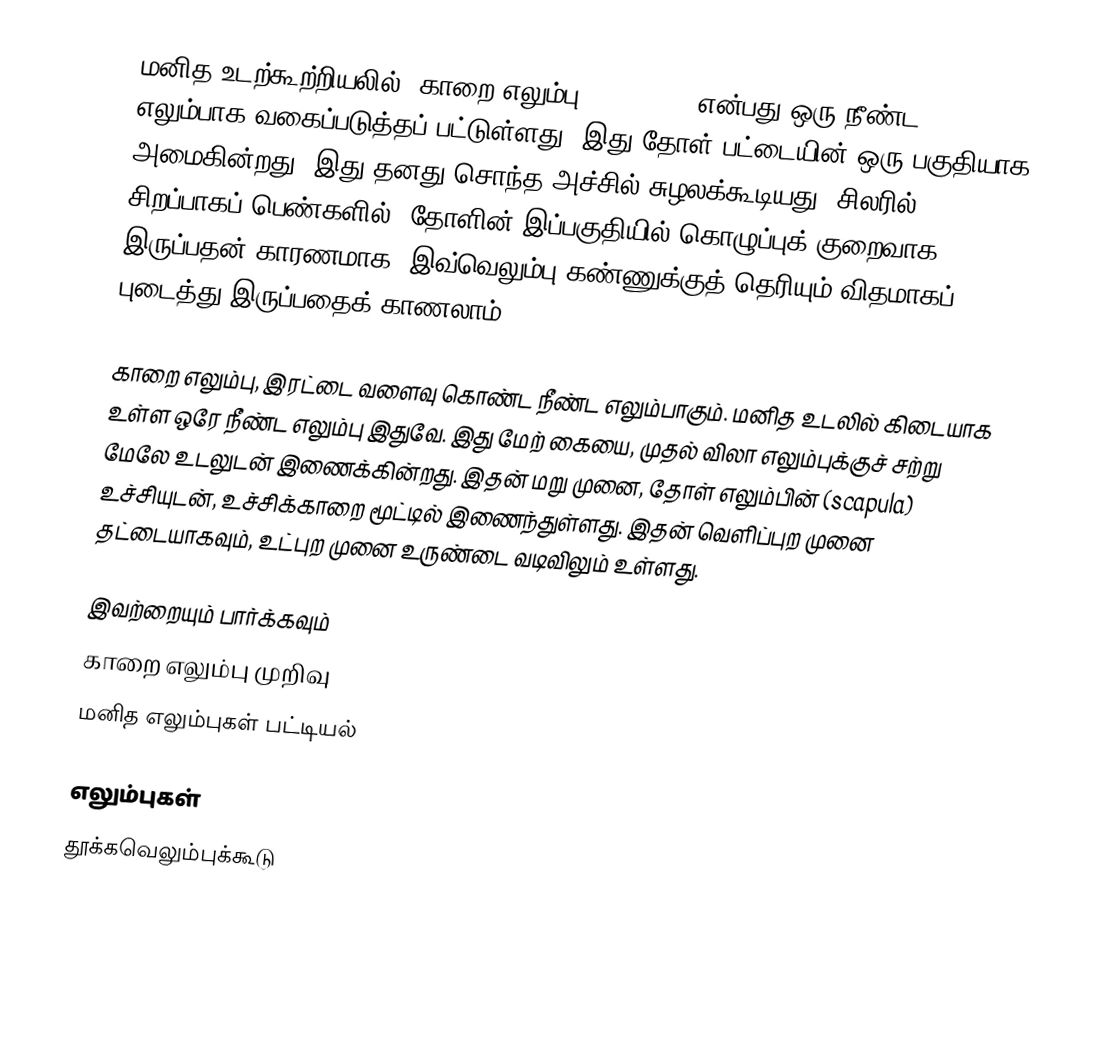
மனித உடற்கூற்றியலில், காறை எலும்பு (Clavicle) என்பது ஒரு நீண்ட எலும்பாக வகைப்படுத்தப் பட்டுள்ளது. இது தோள் பட்டையின் ஒரு பகுதியாக அமைகின்றது. இது தனது சொந்த அச்சில் சுழலக்கூடியது. சிலரில், சிறப்பாகப் பெண்களில், தோளின் இப்பகுதியில் கொழுப்புக் குறைவாக இருப்பதன் காரணமாக, இவ்வெலும்பு கண்ணுக்குத் தெரியும் விதமாகப் புடைத்து இருப்பதைக் காணலாம்.

காறை எலும்பு, இரட்டை வளைவு கொண்ட நீண்ட எலும்பாகும். மனித உடலில் கிடையாக உள்ள ஒரே நீண்ட எலும்பு இதுவே. இது மேற் கையை, முதல் விலா எலும்புக்குச் சற்று மேலே உடலுடன் இணைக்கின்றது. இதன் மறு முனை, தோள் எலும்பின் (scapula) உச்சியுடன், உச்சிக்காறை மூட்டில் இணைந்துள்ளது. இதன் வெளிப்புற முனை தட்டையாகவும், உட்புற முனை உருண்டை வடிவிலும்  உள்ளது.

இவற்றையும் பார்க்கவும்
 காறை எலும்பு முறிவு
 மனித எலும்புகள் பட்டியல்

எலும்புகள்
தூக்கவெலும்புக்கூடு